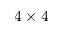
4 \times 4